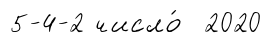
5-4-2 число́ 2020